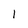
Character: 1